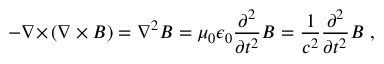
- { \boldsymbol { \nabla \times } } \left( { \boldsymbol { \nabla \times B } } \right) = \nabla ^ { 2 } { \boldsymbol { B } } = \mu _ { 0 } \epsilon _ { 0 } { \frac { \partial ^ { 2 } } { \partial t ^ { 2 } } } { \boldsymbol { B } } = { \frac { 1 } { c ^ { 2 } } } { \frac { \partial ^ { 2 } } { \partial t ^ { 2 } } } { \boldsymbol { B } } \ ,